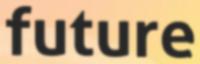
future